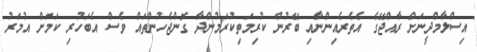
އިސްލާމްދީނަށް ރާއްޖޭގެ އެތެރެއިންނާއި ބޭރުން ކުރިމަތިކުރަމުންދާ ގޮންޖެހުންތައް ވެސް އެބަހުރި ކަމަށް އުމަރު